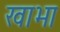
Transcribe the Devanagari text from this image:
खाभा